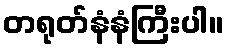
တရုတ်နံနံကြီးပါ။